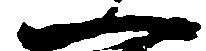
一